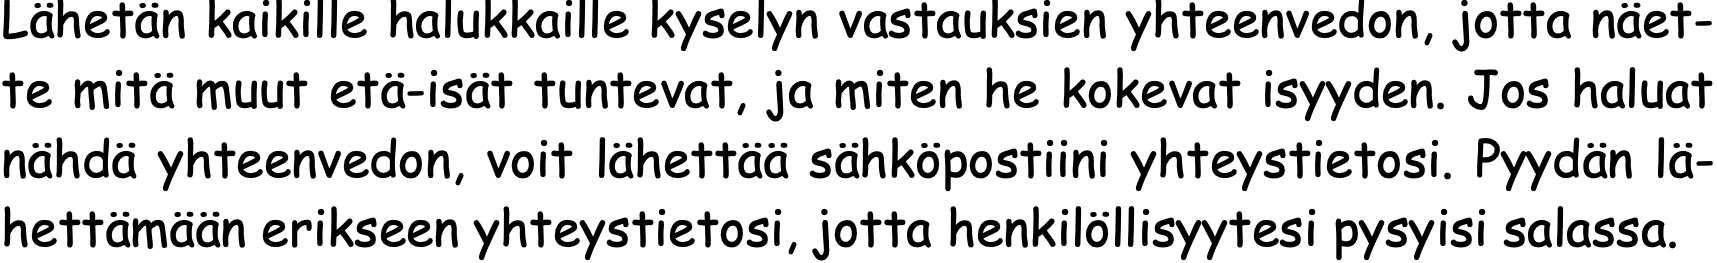
Lähetän kaikille halukkaille kyselyn vastauksien yhteenvedon, jotta näet- te mitä muut etä-isät tuntevat, ja miten he kokevat isyyden. Jos haluat nähdä yhteenvedon, voit lähettää sähköpostiini yhteystietosi. Pyydän lä- hettämään erikseen yhteystietosi, jotta henkilöllisyytesi pysyisi salassa.